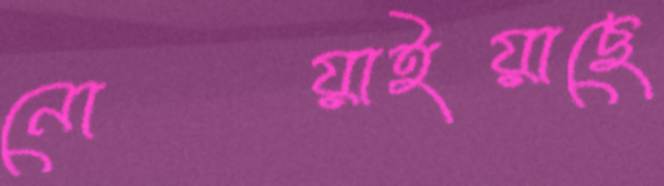
নোয়াইয়াছে